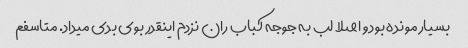
بسیار مونده بود و اصلا لب به جوجه کباب ران نزدم اینقدر بوی بدی میداد. متاسفم